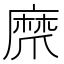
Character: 𤔨